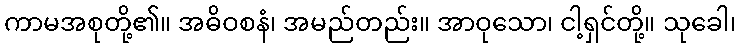
ကာမအစုတို့၏။ အဓိဝစနံ၊ အမည်တည်း။ အာဝုသော၊ ငါ့ရှင်တို့။ သုခေါ၊